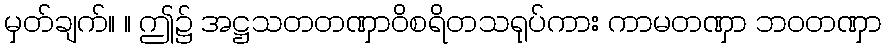
မှတ်ချက်။ ။ ဤ၌ အဋ္ဌသတတဏှာဝိစရိတသရုပ်ကား ကာမတဏှာ ဘဝတဏှာ